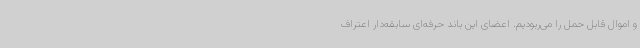
و اموال قابل حمل را می‌ربودیم. اعضای این باند حرفه‌ای سابقه‌دار اعتراف